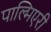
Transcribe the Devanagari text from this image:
पाल्मिएरी